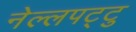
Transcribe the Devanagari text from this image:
नेल्‍लपट्टु